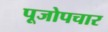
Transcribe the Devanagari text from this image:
पूजोपचार